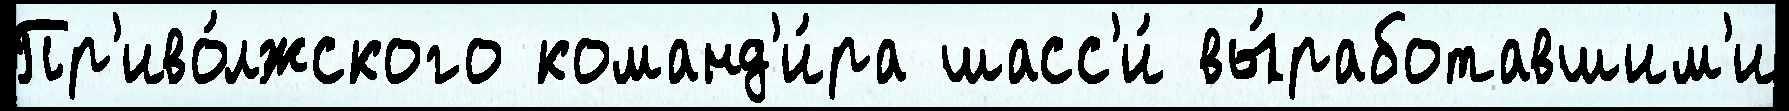
Пр'иво́лжского команд'и́ра шасс'и́ вы́работавшим'и